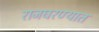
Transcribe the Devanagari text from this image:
राजघरण्यात